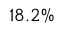
1 8 . 2 \%